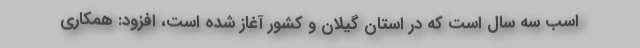
اسب سه سال است که در استان گیلان و کشور آغاز شده است، افزود: همکاری